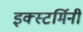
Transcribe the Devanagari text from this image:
इक्स्टर्मिनी